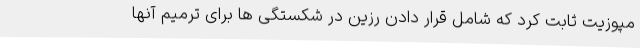
مپوزیت ثابت کرد که شامل قرار دادن رزین در شکستگی ها برای ترمیم آنها